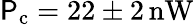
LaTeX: \mathsf{P}_{\textrm{{c}}}=22\pm2\, \mathrm{{nW}}